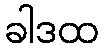
ခါဒထ